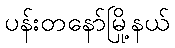
ပန်းတနော်မြို့နယ်